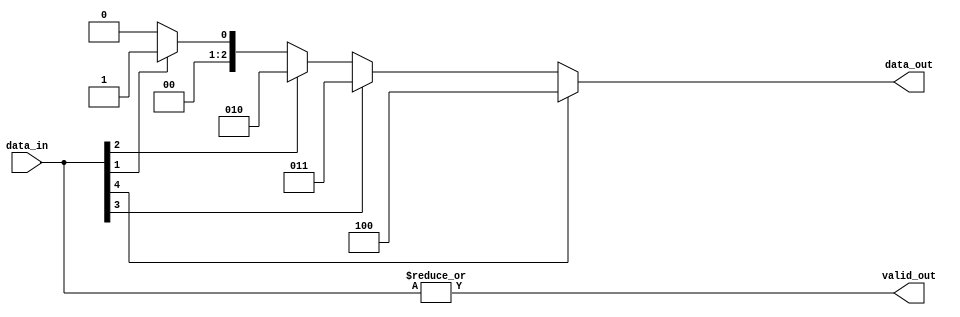
`timescale 1ns / 1ps

// Fast encoder using parallel prefix computation
// Adapted from BaseJump STL: http://bjump.org/data_out.html

module RV_onehot_encoder#(

    parameter N        = 5,
    parameter REVERSE  = 0,
    parameter MODEL    = 3,
    parameter LN       = $clog2(N)

)(
    
    input  wire [N-1 : 0]  data_in,
    output wire [LN-1 : 0] data_out,
    output wire            valid_out
    
);

    genvar level, segment;
    genvar i, j;
    integer k;
        
    generate
    
        if(N == 1)
        begin
        
            assign data_out  = data_in;
            assign valid_out = data_in;
        
        end
        else if(N == 2)
        begin
        
            assign data_out  = data_in[!REVERSE];
            assign valid_out = (| data_in);
        
        end
        else if(MODEL == 1)
        begin
        
            localparam levels_lp        = $clog2(N);
            localparam aligned_width_lp = 1 << $clog2(N); 
            
            wire [aligned_width_lp-1 : 0] addr [levels_lp : 0];
            wire [aligned_width_lp-1 : 0] v    [levels_lp : 0];    
            
            assign v[0]    = REVERSE ? ({{(aligned_width_lp-N){1'b0}}, data_in} << (aligned_width_lp - N)) : {{(aligned_width_lp-N){1'b0}}, data_in};
            assign addr[0] = 0;  //The first level isnot used 
            
            for (level = 1; level < levels_lp+1; level=level+1)
            begin
                
                localparam segments_lp      = 2**(levels_lp-level);
                localparam segment_slot_lp  = aligned_width_lp/segments_lp;
                localparam segment_width_lp = level; 
                
                 for (segment = 0; segment < segments_lp; segment=segment+1)
                 begin
                    
                    wire [1 : 0] vs = {
                    
                         v[level-1][segment*segment_slot_lp+(segment_slot_lp >> 1)],
                         v[level-1][segment*segment_slot_lp]  
                    
                    };
                    
                    assign v[level][segment*segment_slot_lp] = (| vs); 
                    
                    if(level == 1)
                    begin
                        
                        assign addr[level][((segment*segment_slot_lp) + segment_width_lp) - 1 : (segment*segment_slot_lp)] = vs[!REVERSE]; 
                    
                    end
                    else begin
                    
                        assign addr[level][((segment*segment_slot_lp) + segment_width_lp) - 1 : (segment*segment_slot_lp)] = { 
                            
                            vs[!REVERSE],
                            addr[level-1][((segment*segment_slot_lp) + segment_width_lp) - 2 : (segment*segment_slot_lp)] | 
                            addr[level-1][(segment*segment_slot_lp+(segment_slot_lp >> 1)) + segment_width_lp - 2 : segment*segment_slot_lp+(segment_slot_lp >> 1)]
                        
                        };    
                    
                    end
                    
                 end
            
            end
            
            localparam LOG2UP_N = (((N) > 1) ? $clog2(N) : 1);
            
            assign data_out  = addr[levels_lp][LOG2UP_N-1:0];
            assign valid_out = v[levels_lp][0];
            
        end
        else if(MODEL == 2)
        begin
        
            for (j = 0; j < LN; j = j + 1)
            begin
                    
                wire [N-1 : 0] mask;
               
                for (i = 0; i < N; i = i + 1) 
                begin
               
                    assign mask[i] = i[j];
               
                end
                
                assign data_out[j] = |(mask & data_in); 
            
            end
            
            assign valid_out = (|data_in);  
        
        end
        else begin
        
            reg [LN-1 : 0] index_r;
            
            if(REVERSE)
            begin
            
                always@(*)
                begin
                
                    index_r = 0;
                    for (k = N-1; k >= 0; k = k-1)
                    begin
                    
                        if (data_in[k]) 
                        begin
                        
                            index_r = k;
                        
                        end
                    
                    end
                
                end
            
            end
            else begin
            
                always@(*)
                begin
                    
                    index_r = 0; 
                    for (k = 0; k < N; k = k + 1)
                    begin
                    
                        if (data_in[k]) 
                        begin
                        
                            index_r = k;
                        
                        end   
                    
                    end
                
                end
            
            end
            
            assign data_out  = index_r;  
            assign valid_out = (| data_in);
        
        end
    
    endgenerate

endmodule